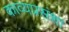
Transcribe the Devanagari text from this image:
काव्यप्रसंशा